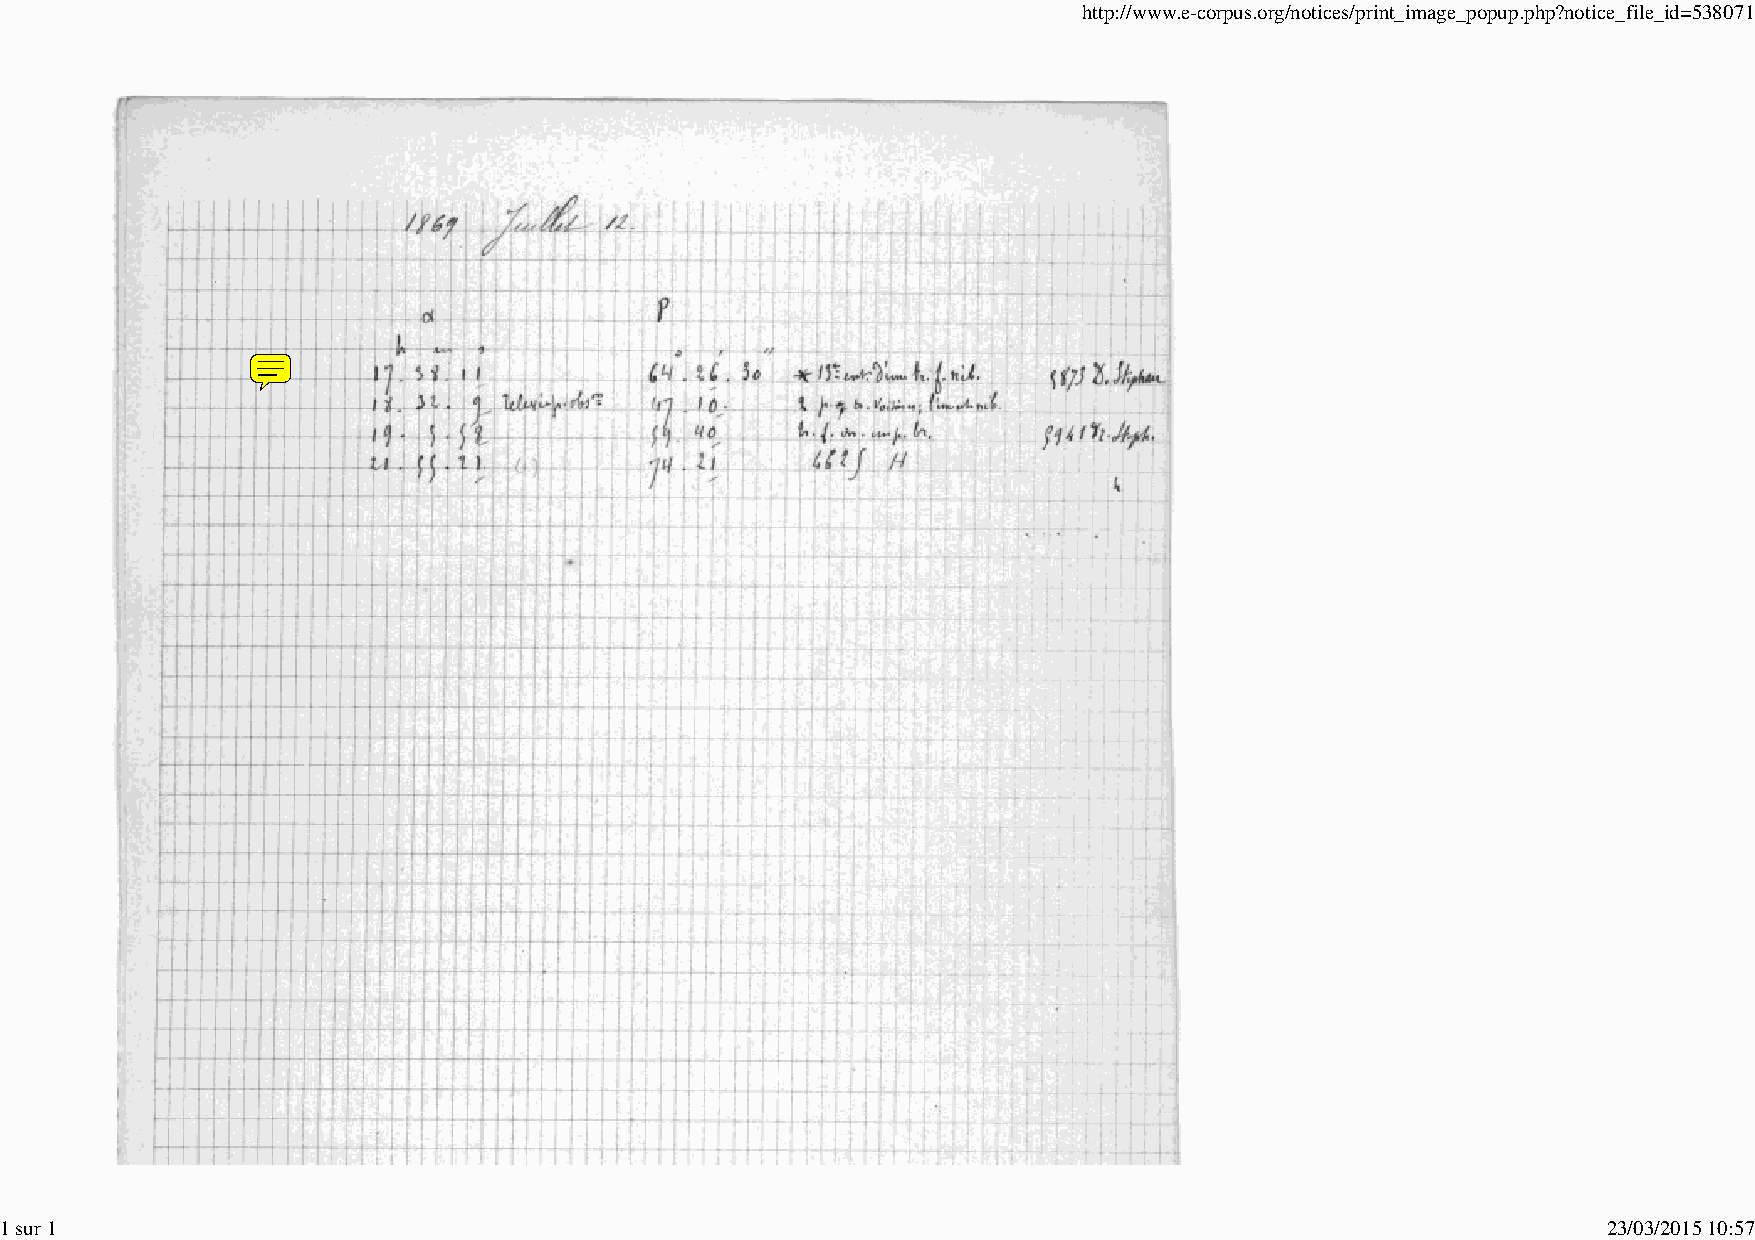
http://www.e-corpus.org/notices/print_image_popup.php?notice_file_id=538071
 1 sur 1                                                                                                   23/03/2015 10:57